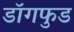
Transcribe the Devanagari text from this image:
डॉगफुड